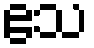
ဧသ